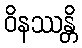
ဝိနဿန္တိ